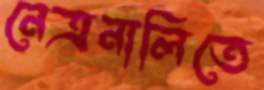
নেত্রনালিতে